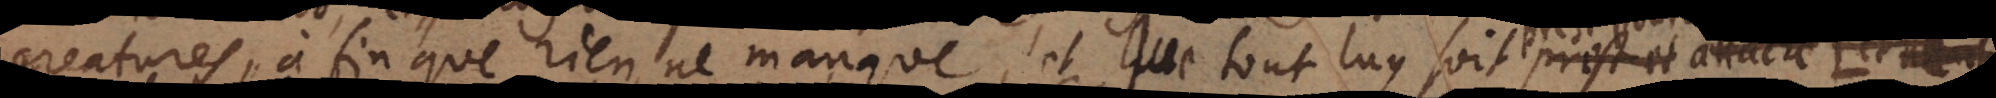
creatures, à fin que rien ne manque, et que tout luy soit prest pour son